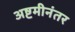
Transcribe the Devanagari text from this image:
अष्टमीनंतर